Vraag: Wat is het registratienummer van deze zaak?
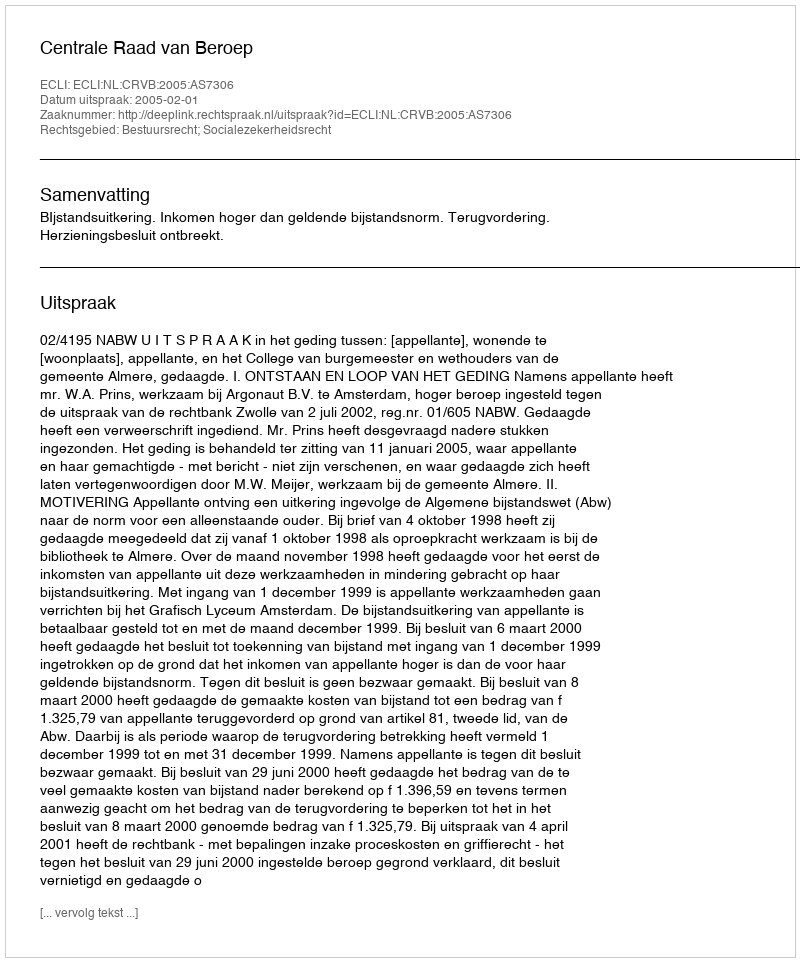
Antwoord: http://deeplink.rechtspraak.nl/uitspraak?id=ECLI:NL:CRVB:2005:AS7306